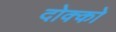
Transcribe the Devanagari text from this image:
दोक्को